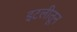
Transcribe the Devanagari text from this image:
इटलीतून